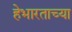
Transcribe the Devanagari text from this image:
हेभारताच्या